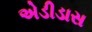
એડીડાસ